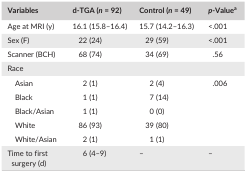
| Variables | d‐TGA (n = 92) | Control (n = 49) | p‐Valuea |
 | --- | --- | --- | --- |
 | Age at MRI (y) | 16.1 (15.8–16.4) | 15.7 (14.2–16.3) | <.001 |
 | Sex (F) | 22 (24) | 29 (59) | <.001 |
 | Scanner (BCH) | 68 (74) | 34 (69) | .56 |
 | <COLSPAN=4> Race |
 | Asian | 2 (1) | 2 (4) | <ROWSPAN=5> .006 |
 | Black | 1 (1) | 7 (14) |
 | Black/Asian | 1 (1) | 0 (0) |
 | White | 86 (93) | 39 (80) |
 | White/Asian | 2 (1) | 1 (1) |
 | Time to first surgery (d) | 6 (4–9) | – | – |